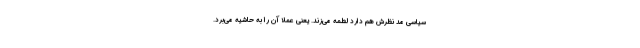
سیاسی‌ مد نظرش هم دارد لطمه می‌زند. یعنی عملاً آن را به حاشیه می‌برد.